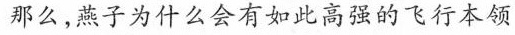
那么，燕子为什么会有如此高强的飞行本领